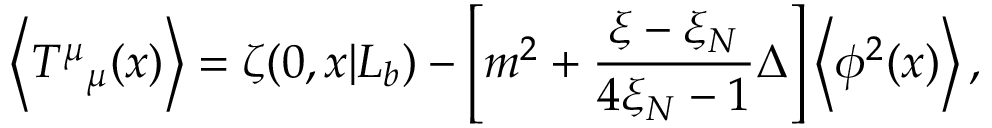
\left< T ^ { \mu } { } _ { \mu } ( x ) \right> = \zeta ( 0 , x | L _ { b } ) - \left[ m ^ { 2 } + \frac { \xi - \xi _ { N } } { 4 \xi _ { N } - 1 } \Delta \right] \left< \phi ^ { 2 } ( x ) \right> ,